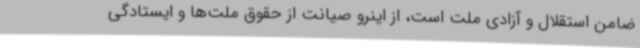
ضامن استقلال و آزادی ملت است، از اینرو صیانت از حقوق ملت‌ها و ایستادگی